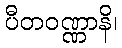
ပီတဝဏ္ဏာနိ၊